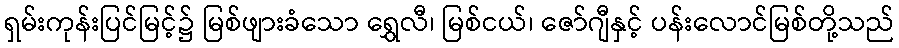
ရှမ်းကုန်းပြင်မြင့်၌ မြစ်ဖျားခံသော ရွှေလီ၊ မြစ်ငယ်၊ ဇော်ဂျီနှင့် ပန်းလောင်မြစ်တို့သည်